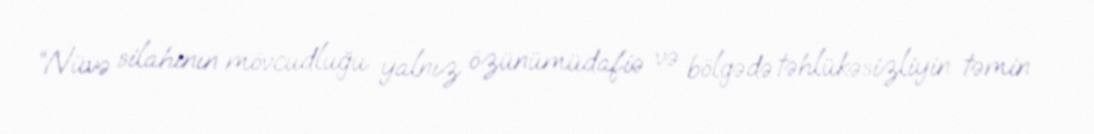
“Nüvə silahının mövcudluğu yalnız özünümüdafiə və bölgədə təhlükəsizliyin təmin